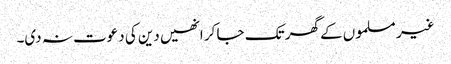
غیر مسلموں کے گھر تک جا کر انھیں دین کی دعوت نہ دی۔